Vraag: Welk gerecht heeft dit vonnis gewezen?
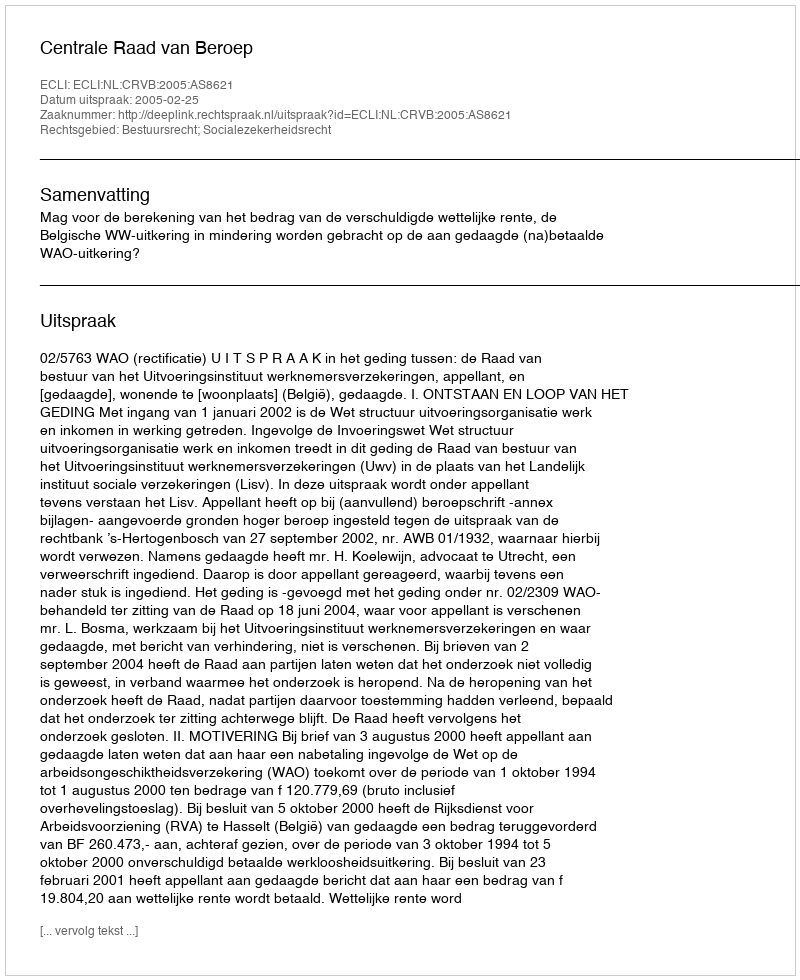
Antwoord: Centrale Raad van Beroep